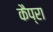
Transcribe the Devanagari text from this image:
कैप्रा